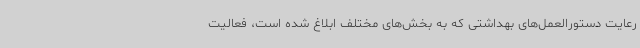
رعایت دستورالعمل‌های بهداشتی که به بخش‌های مختلف ابلاغ شده است، فعالیت